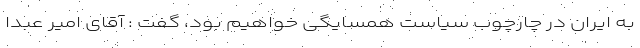
به ایران در چارچوب سیاست همسایگی خواهیم بود، گفت : آقای امیر عبدا